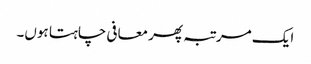
ایک مرتبہ پھر معافی چاہتا ہوں۔